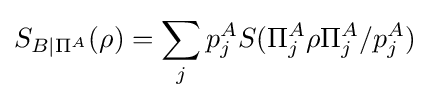
S_{B|\Pi ^{A}}(\rho )=\sum _{j}p_{j}^{A}S(\Pi _{j}^{A}\rho \Pi _{j}^{A}/p_{j}^{A})